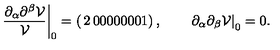
\left. \frac { \partial _ { \alpha } \partial ^ { \beta } \mathcal { V } } { \mathcal { V } } \right| _ { 0 } = \left( \begin{matrix} { 2 } & { 0 } & { 0 } \\ { 0 } & { 0 } & { 0 } \\ { 0 } & { 0 } & { 1 } \\ \end{matrix} \right) , \qquad \left. \partial _ { \alpha } \partial _ { \beta } \mathcal { V } \right| _ { 0 } = 0 .